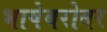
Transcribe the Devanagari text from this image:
भाषेबरोबर